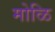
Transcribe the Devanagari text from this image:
मोळि